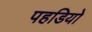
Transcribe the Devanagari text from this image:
पहडियो